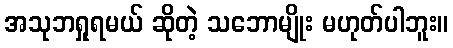
အသုဘရှုရမယ် ဆိုတဲ့ သဘောမျိုး မဟုတ်ပါဘူး။